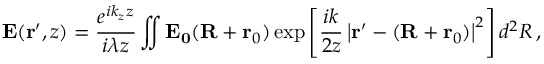
\mathbf { E } ( \mathbf { r } ^ { \prime } , z ) = \frac { e ^ { i k _ { z } z } } { i \lambda z } \iint \mathbf { E _ { 0 } } ( \mathbf { R } + \mathbf { r } _ { 0 } ) \exp \left[ \frac { i k } { 2 z } \left| \mathbf { r } ^ { \prime } - ( \mathbf { R } + \mathbf { r } _ { 0 } ) \right| ^ { 2 } \right] d ^ { 2 } R \, ,